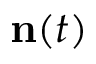
{ \bf n } ( t )